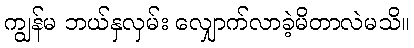
ကျွန်မ ဘယ်နှလှမ်း လျှောက်လာခဲ့မိတာလဲမသိ။